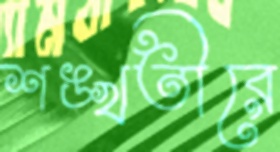
শঙ্খতীরে